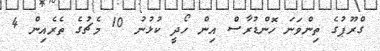
ގްރޫޕުގެ ތިންވަނަ ހޮންޑުރާސް އިން ހޯދީ ކުޅުނު 10 މެޗުގެ ތެރެއިން 4